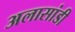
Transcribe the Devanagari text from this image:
अलासांडी